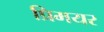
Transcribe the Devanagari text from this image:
प्रिमयर